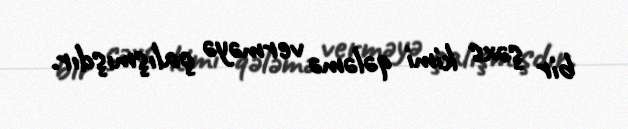
bir şəxs kimi qələmə verməyə çalışmışdır.